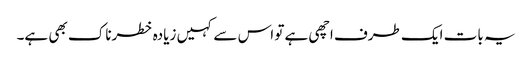
یہ بات ایک طرف اچھی ہے تو اس سے کہیں زیادہ خطرناک بھی ہے۔